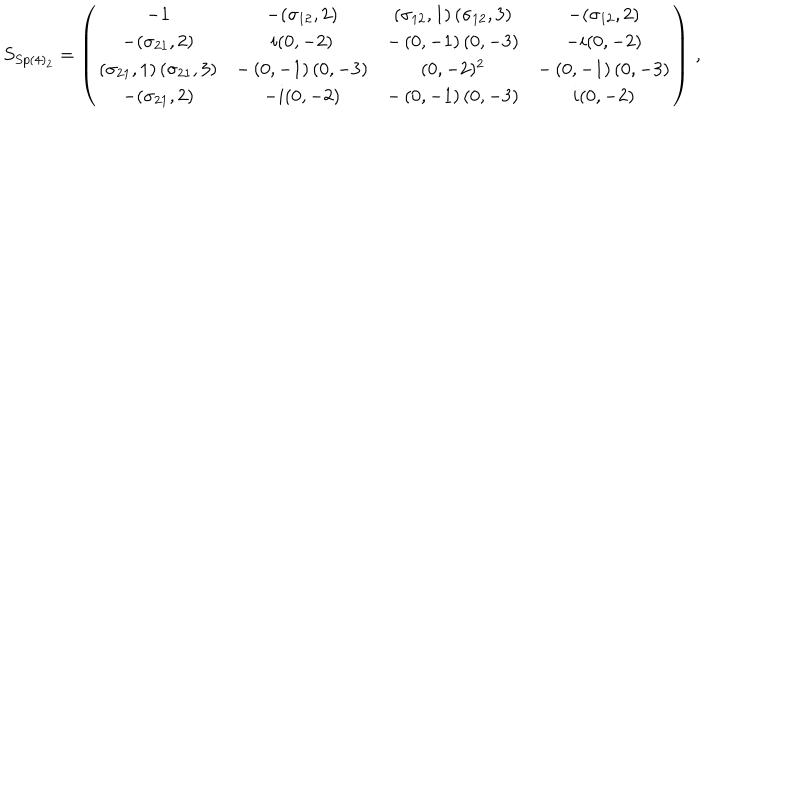
S _ { S p ( 4 ) _ { 2 } } = \left( \begin{array} { c c c c } { { - 1 } } & { { - ( \sigma _ { 1 2 } , 2 ) } } & { { \left( \sigma _ { 1 2 } , 1 \right) \left( \sigma _ { 1 2 } , 3 \right) } } & { { - ( \sigma _ { 1 2 } , 2 ) } } \\ { { - ( \sigma _ { 2 1 } , 2 ) } } & { { i ( 0 , - 2 ) } } & { { - \left( 0 , - 1 \right) \left( 0 , - 3 \right) } } & { { - i ( 0 , - 2 ) } } \\ { { \left( \sigma _ { 2 1 } , 1 \right) \left( \sigma _ { 2 1 } , 3 \right) } } & { { - \left( 0 , - 1 \right) \left( 0 , - 3 \right) } } & { { ( 0 , - 2 ) ^ { 2 } } } & { { - \left( 0 , - 1 \right) \left( 0 , - 3 \right) } } \\ { { - ( \sigma _ { 2 1 } , 2 ) } } & { { - i ( 0 , - 2 ) } } & { { - \left( 0 , - 1 \right) \left( 0 , - 3 \right) } } & { { i ( 0 , - 2 ) } } \\ \end{array} \right) \, ,